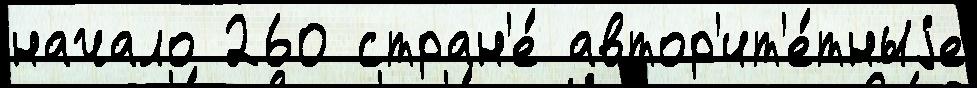
начало 260 стран'е́ автор'ит'е́тныjе